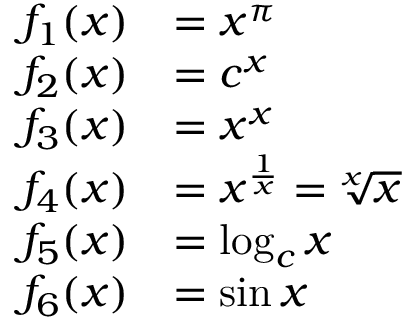
{ \begin{array} { r l } { f _ { 1 } ( x ) } & { = x ^ { \pi } } \\ { f _ { 2 } ( x ) } & { = c ^ { x } } \\ { f _ { 3 } ( x ) } & { = x ^ { x } } \\ { f _ { 4 } ( x ) } & { = x ^ { \frac { 1 } { x } } = { \sqrt [ { x } ] { x } } } \\ { f _ { 5 } ( x ) } & { = \log _ { c } x } \\ { f _ { 6 } ( x ) } & { = \sin { x } } \end{array} }